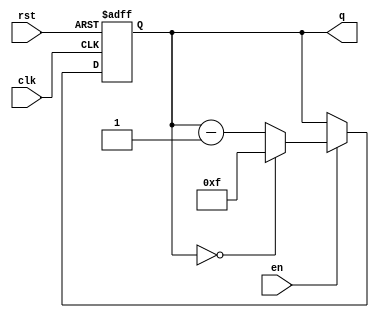
module binary_down_counter #(
    parameter N = 4  // Parameter N for the bit width of the counter
)(
    input wire clk,      // Clock input
    input wire rst,      // Asynchronous reset input
    input wire en,       // Enable input
    output reg [N-1:0] q // N-bit counter output
);

// Maximum value for the counter (2^N - 1)
localparam MAX_COUNT = (1 << N) - 1;

// Asynchronous Reset and Counting Logic
always @(posedge clk or posedge rst) begin
    if (rst) begin
        // Reset the counter to the maximum value
        q <= MAX_COUNT;
    end else if (en) begin
        // Decrement the counter
        if (q == 0) begin
            // Wrap around to the maximum value
            q <= MAX_COUNT;
        end else begin
            // Decrement the counter
            q <= q - 1;
        end
    end
end

endmodule